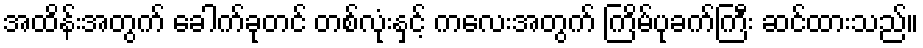
အထိန်းအတွက် ခေါက်ခုတင် တစ်လုံးနှင့် ကလေးအတွက် ကြိမ်ပုခက်ကြီး ဆင်ထားသည်။